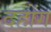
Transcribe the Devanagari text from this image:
दहोंग